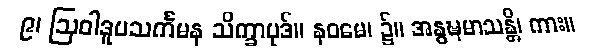
၉၊ ဩဝါဒူပသင်္ကမန သိက္ခာပုဒ်။ နဝမေ၊ ၌။ အနွဍ္ဎမာသန္တိ၊ ကား။